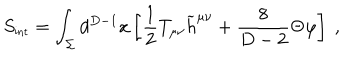
S _ { \mathrm { { \small i n t } } } = \int _ { \Sigma } d ^ { D - 1 } x \left[ { \frac { 1 } { 2 } } T _ { \mu \nu } { \widetilde h } ^ { \mu \nu } + { \frac { 8 } { D - 2 } } \Theta \varphi \right] ~ ,